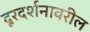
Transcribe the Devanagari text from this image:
दूरदर्शनावरील